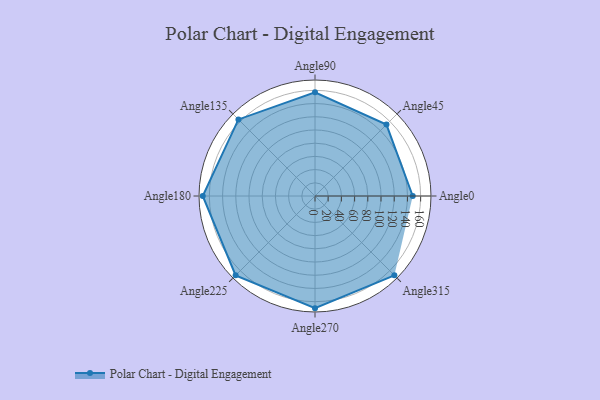
{"axis": {"x": "Angle", "y": "Radius"}, "legend": [""], "data": [{"x": "Angle0", "y": 148.0, "type": ""}, {"x": "Angle45", "y": 153.0, "type": ""}, {"x": "Angle90", "y": 157.0, "type": ""}, {"x": "Angle135", "y": 164.0, "type": ""}, {"x": "Angle180", "y": 170.0, "type": ""}, {"x": "Angle225", "y": 170, "type": ""}, {"x": "Angle270", "y": 170, "type": ""}, {"x": "Angle315", "y": 170, "type": ""}]}